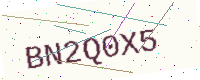
Text: BN2Q0X5